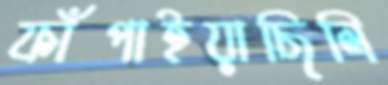
ফাঁপাইয়াছিলি